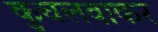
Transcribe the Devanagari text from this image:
कुचलवाकर